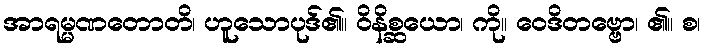
အာရမ္မဏတောတိ၊ ဟူသောပုဒ်၏။ ဝိနိစ္ဆယော၊ ကို။ ဝေဒိတဗ္ဗော၊ ၏။ စ၊